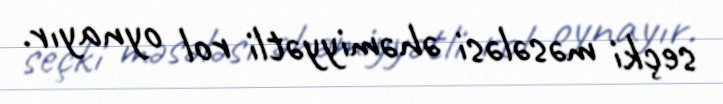
seçki məsələsi əhəmiyyətli rol oynayır.